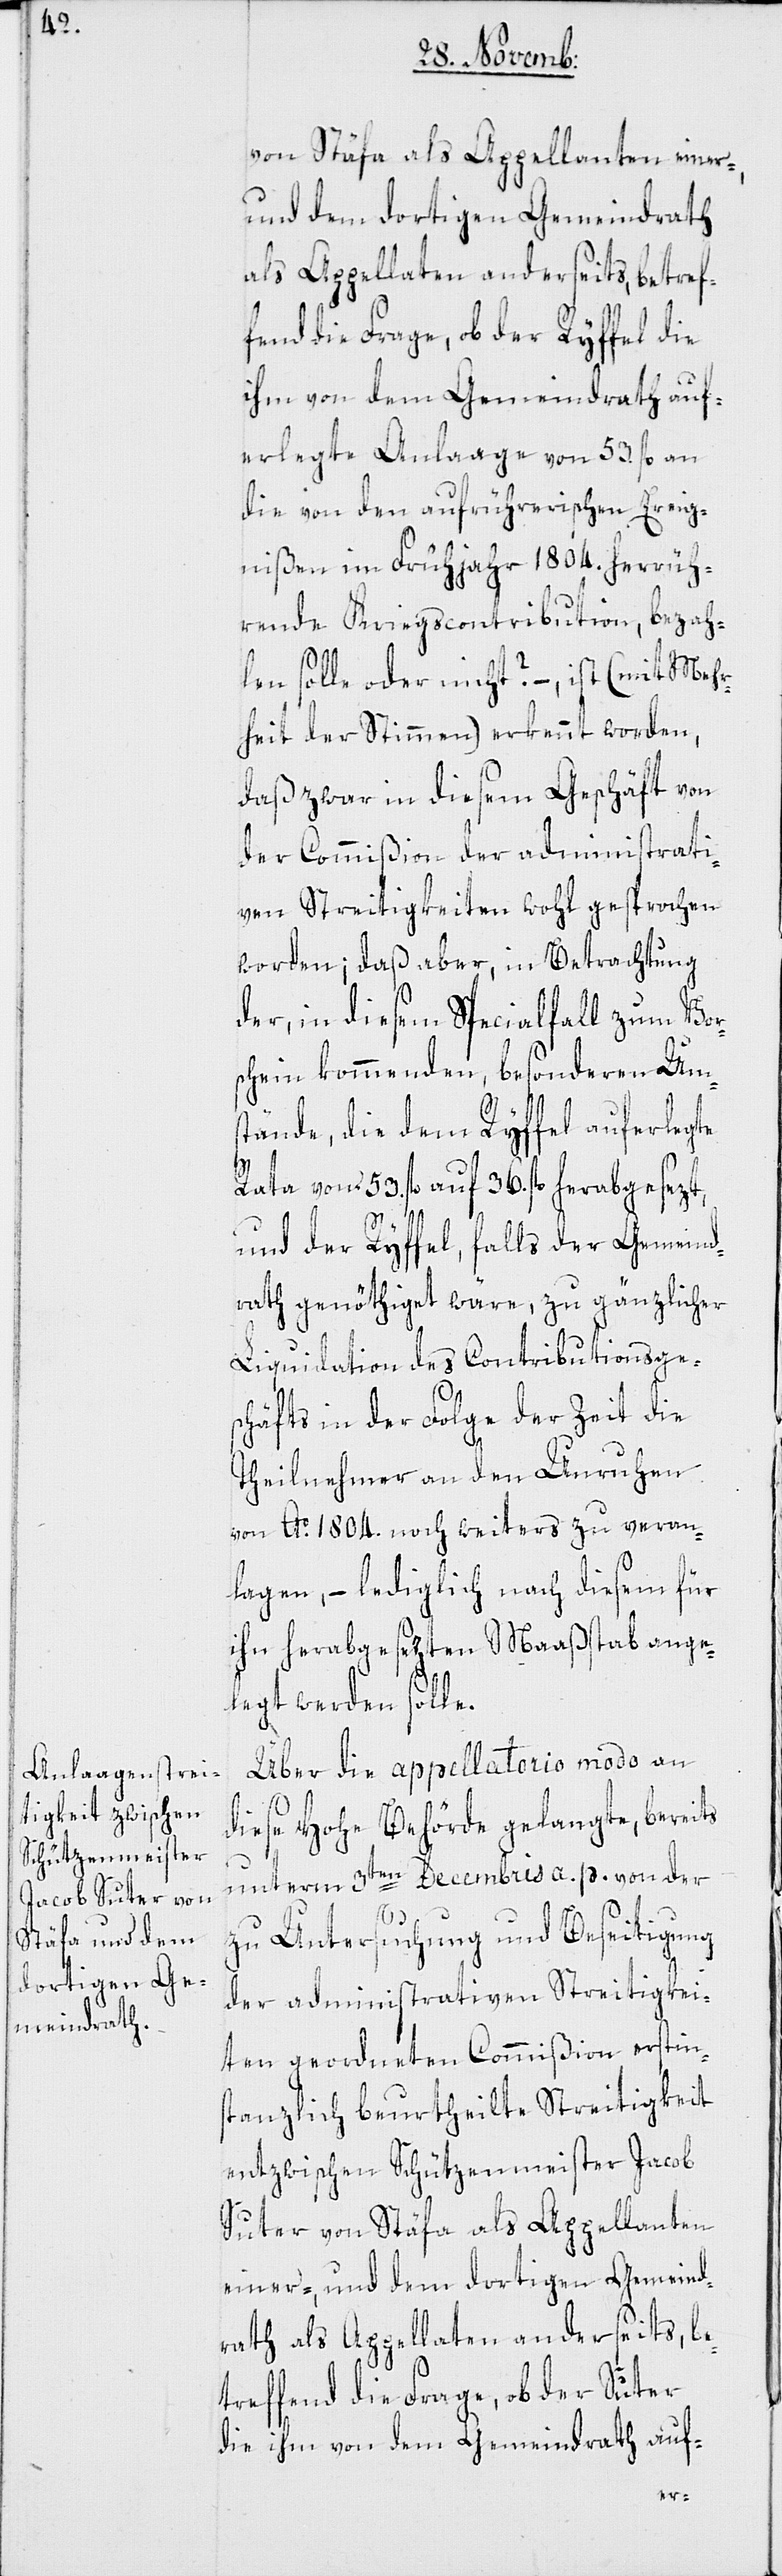
von Stäfa als Appellanten einer-,
und dem dortigen Gemeindrath
als Appellaten anderseits, betref¬
fend die Frage, ob der Ryffel die
ihm von dem Gemeindrath auf¬
erlegte Anlaage von 53 fl. an
die von den aufrührerischen Ereig¬
nißen im Frühjahr 1804. herrüh¬
rende Kriegscontribution, bezah¬
len solle oder nicht? – ist (mit Mehr¬
heit der Stimmen) erkennt worden,
daß zwar in diesem Geschäft von
der Commißion der administrati¬
ven Streitigkeiten wohl gesprochen
worden; daß aber in Betrachtung
der, in diesem Specialfall zum Vor¬
schein kommenden, besonderen Um¬
stände, die dem Ryffel auferlegte
Rata von 53. fl. auf 36. fl. herabgesezt,
und der Ryffel, falls der Gemeind¬
rath genöthiget wäre, zu gänzlicher
Liquidation des Contributionsges¬
chäfts in der Folge der Zeit die
Theilnehmer an den Unruhen
von Ao 1804. noch weiters zu veran¬
lagen, – lediglich nach diesem für
ihn herabgesezten Maaßstab ange¬
legt werden solle.
Über die appellatorio modo an
diese Hohe Behörde gelangte, bereits
unterm 3ten Decembris a. p. von der
zu Untersuchung und Beseitigung
der administrativen Streitigkei¬
ten geordneten Commißion erstin¬
stanzlich beurtheilte Streitigkeit
entzwischen Schützenmeister Jacob
Suter von Stäfa als Appellanten
einer-, und dem dortigen Gemeind¬
rath als Appellaten anderseits, be¬
treffend die Frage, ob der Suter
die ihm von dem Gemeindrath auf-